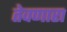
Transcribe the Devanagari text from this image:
तेवणारा